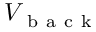
V _ { \mathrm { ~ b ~ a ~ c ~ k ~ } }